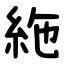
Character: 絁